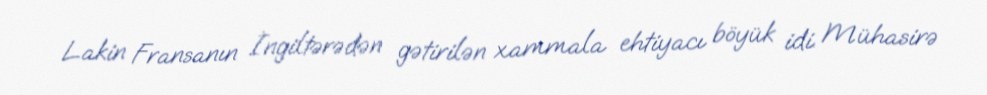
Lakin Fransanın İngiltərədən gətirilən xammala ehtiyacı böyük idi. Mühasirə